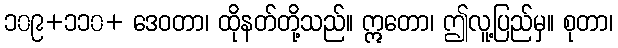
၁၀၉+၁၁၀+ ဒေဝတာ၊ ထိုနတ်တို့သည်။ ဣတော၊ ဤလူ့ပြည်မှ။ စုတာ၊